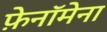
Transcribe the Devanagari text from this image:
फ़ेनॉमेना